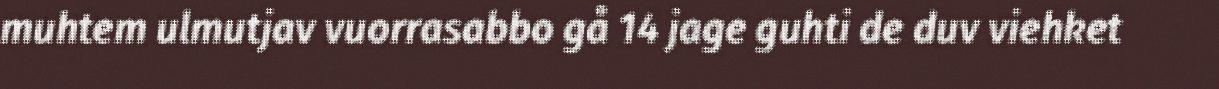
muhtem ulmutjav vuorrasabbo gå 14 jage guhti de duv viehket